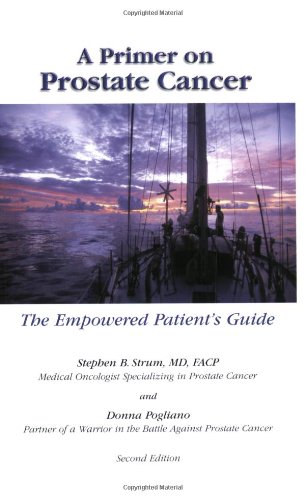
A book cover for A Primer on Prostate Cancer (Second Edition): The Empowered Patient's Guide; Stephen Strum; Health, Fitness & Dieting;